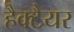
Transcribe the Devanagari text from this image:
हैक्टैयर